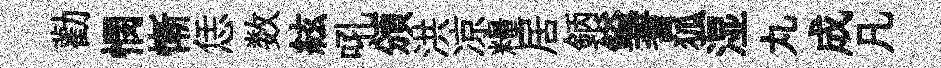
勸憫慚恁数絃吼頒洪凉糧居鈵鎰蓍狐湿丸成凡